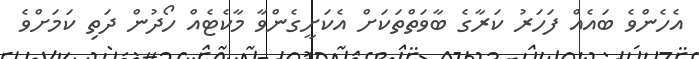
އެހެންވެ ބައެއް ފަހަރު ކަރާގެ ބާވަތްތަކަށް އެކަށީގެންވާ މާކެޓެއް ހޯދުން ދަތި ކަމަށްވެ